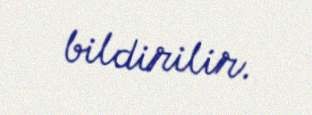
bildirilir.